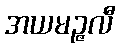
အယမဉ္ဇလီ